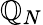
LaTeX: \mathbb{Q}_{N}